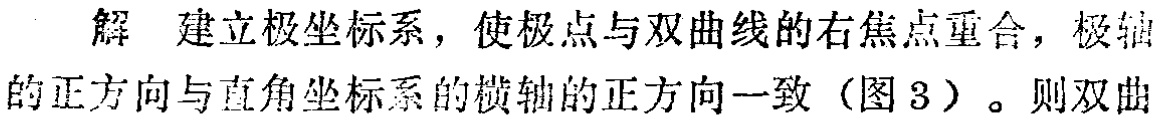
解 建立极坐标系，使极点与双曲线的右焦点重合，极轴的正方向与直角坐标系的横轴的正方向一致（图 3）。则双曲